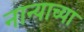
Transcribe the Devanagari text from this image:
नान्याच्या